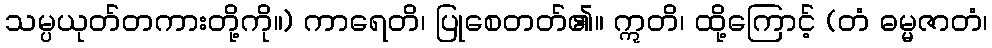
သမ္ပယုတ်တကားတို့ကို။) ကာရေတိ၊ ပြုစေတတ်၏။ ဣတိ၊ ထို့ကြောင့် (တံ ဓမ္မဇာတံ၊